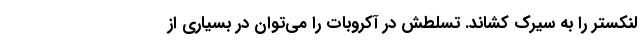
لنکستر را به سیرک کشاند. تسلطش در آکروبات را می‌توان در بسیاری از